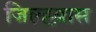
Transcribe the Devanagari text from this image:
जिल्ह्य़ास